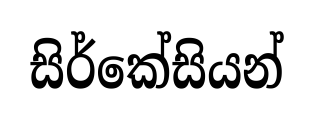
සිර්කේසියන්